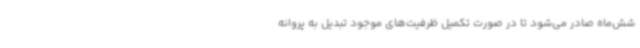
شش‌ماه صادر می‌شود تا در صورت تکمیل ظرفیت‌های موجود تبدیل به پروانه